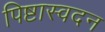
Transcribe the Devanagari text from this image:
पिष्टास्वदन